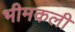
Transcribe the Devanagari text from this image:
भीमकली